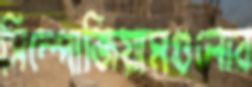
সিম্পোজিয়ামগুলোর